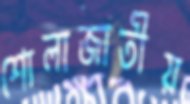
শোলাজাতীয়